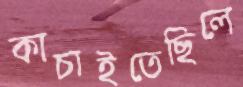
কাচাইতেছিলে